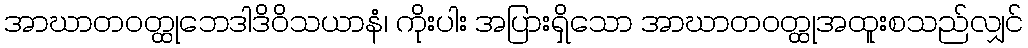
အာဃာတဝတ္ထုဘေဒါဒိဝိသယာနံ၊ ကိုးပါး အပြားရှိသော အာဃာတဝတ္ထုအထူးစသည်လျှင်